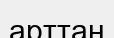
арттан